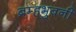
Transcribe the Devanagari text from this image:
ब्रम्हभुवनीं